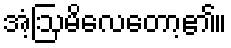
အံ့ဩမိလေတော့၏။